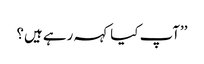
’’آپ کیا کہہ رہے ہیں؟